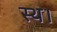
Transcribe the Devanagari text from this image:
स्थ।